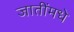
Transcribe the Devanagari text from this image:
जातींमधे